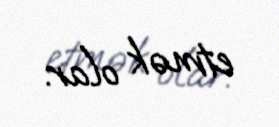
etmək olar.